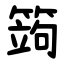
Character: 䈮